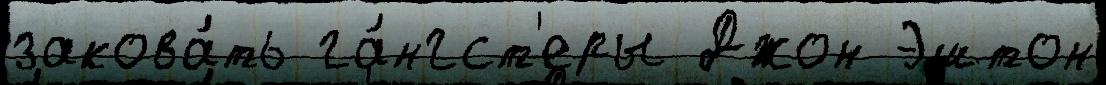
закова́ть га́нгст'еры Джон Эштон